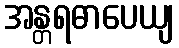
အန္တရဓာပေယျ